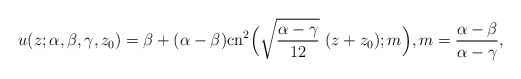
\begin{align*}u(z;\alpha,\beta,\gamma,z_0)=\beta+(\alpha-\beta){\rm cn}^2\Big(\sqrt{\frac{\alpha-\gamma}{12}}~(z+z_0);m\Big),m=\frac{\alpha-\beta}{\alpha-\gamma},\end{align*}